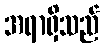
အရာရှိသည်